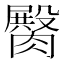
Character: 臋